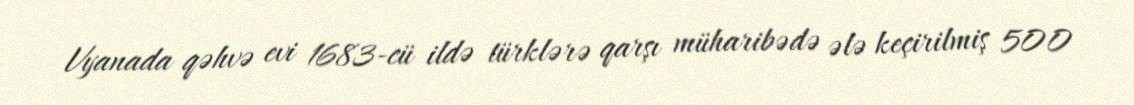
Vyanada qəhvə evi 1683-cü ildə türklərə qarşı müharibədə ələ keçirilmiş 500